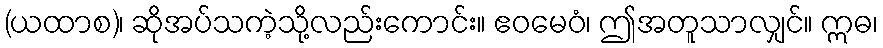
(ယထာစ)၊ ဆိုအပ်သကဲ့သို့လည်းကောင်း။ ဧဝမေဝံ၊ ဤအတူသာလျှင်။ ဣဓ၊